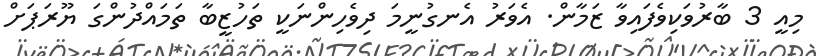
މިއީ 3 ބާރުވަކިވެފައިވާ ޒަމާން. އެވަރު އެނގުނީމަ ދިވެހިންނަކީ ތަހުޒީބާ ތަމައްދުންގަ ޔޫރަޕަށް